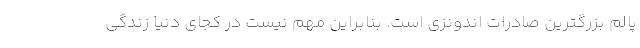
پالم بزرگترین صادرات اندونزی است. بنابراین مهم نیست در کجای دنیا زندگی